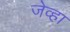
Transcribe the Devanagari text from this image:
जेव्‍हा